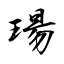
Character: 瑒